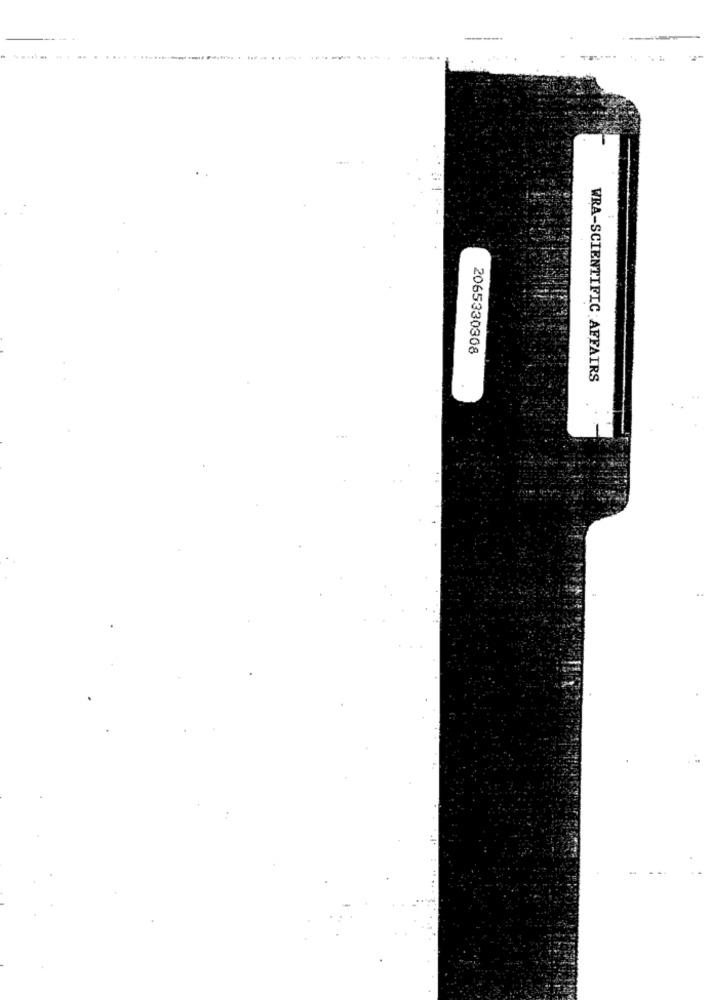
------..
-
2065330308
WRA-SCIENTIFIC AFFAIRS